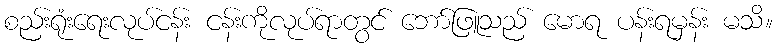
စည်းရုံးရေးလုပ်ငန်း ငန်းကိုလုပ်ရာတွင် ဘော်ဖြူသည် မောရ ပန်းရမှန်း မသိ။